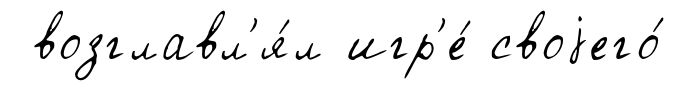
возглавл'я́л игр'е́ своjего́